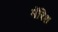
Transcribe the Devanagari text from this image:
मॅरिश